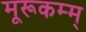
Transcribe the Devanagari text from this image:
मूरूकम्म्